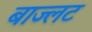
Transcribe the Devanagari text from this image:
बाज्लट